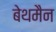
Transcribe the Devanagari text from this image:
बेथमैन